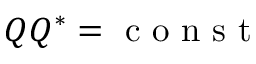
Q Q ^ { * } = \mathrm { ~ c ~ o ~ n ~ s ~ t ~ }